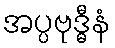
အပ္ပဗုဒ္ဓီနံ